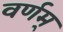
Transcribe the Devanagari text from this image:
वर्णम्